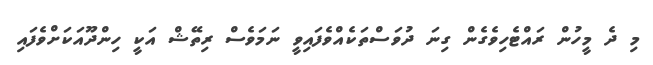
މި ދެ މީހުން ރައްޓެހިވެގެން ގިނަ ދުވަސްތަކެއްވެފައިވީ ނަމަވެސް ރިތޭޝް އަކީ ހިންދޫއަކަށްވެފައި